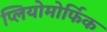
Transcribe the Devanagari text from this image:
प्लियोमोर्फिक